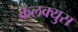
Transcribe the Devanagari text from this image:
कॅलक्युस